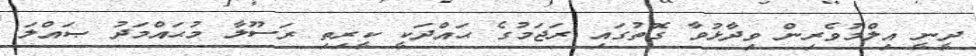
ދީނީ އިލްމުވެރިން ވިދާޅުވާ ގޮތުގައި ރަޖަމުގެ ޙައްދަކީ ކީރިތި ރަސޫލާ މުޙައްމަދު ޞައްލަ